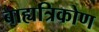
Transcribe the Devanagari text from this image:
बाह्यत्रिकोण